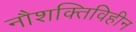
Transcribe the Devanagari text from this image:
नौशक्तिविहीन